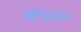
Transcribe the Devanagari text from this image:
कंपन्न